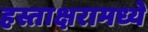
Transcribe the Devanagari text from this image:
हस्ताक्षरामध्ये